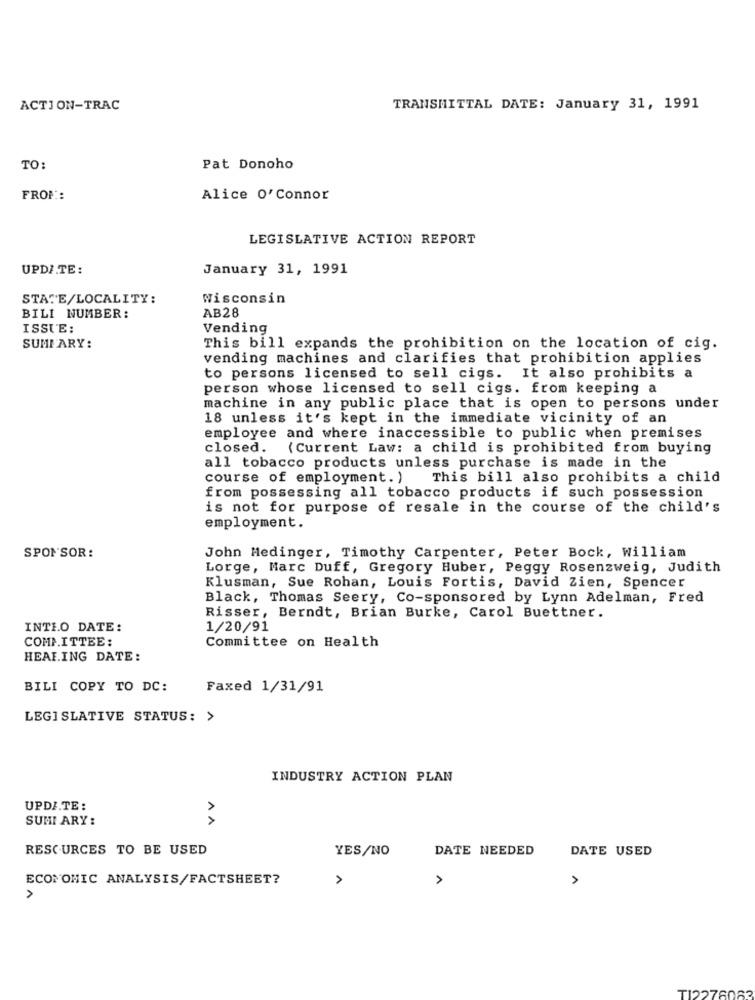
ACTION-TRAC
TRANSMITTAL DATE: January 31, 1991
TO:
Pat Donoho
FROM:
Alice O'Connor
LEGISLATIVE ACTION REPORT
UPDI.TE:
January 31, 1991
STATE/LOCALITY:
Wisconsin
AB28
BILI NUMBER:
ISSUE:
Vending
SUMMARY:
This bill expands the prohibition on the location of cig.
vending machines and clarifies that prohibition applies
to persons licensed to sell cigs. It also prohibits a
person whose licensed to sell cigs. from keeping a
machine in any public place that is open to persons under
18 unless it's kept in the immediate vicinity of an
employee and where inaccessible to public when premises
closed.
(Current Law: a child is prohibited from buying
all tobacco products unless purchase is made in the
course of employment. ) This bill also prohibits a child
from possessing all tobacco products if such possession
is not for purpose of resale in the course of the child's
employment.
SPONSOR:
John Hedinger, Timothy Carpenter, Peter Bock, William
Lorge, Marc Duff, Gregory Huber, Peggy Rosenzweig, Judith
Klusman, Sue Rohan, Louis Fortis, David Zien, Spencer
Black, Thomas Seery, Co-sponsored by Lynn Adelman, Fred
Risser, Berndt, Brian Burke, Carol Buettner.
INTEO DATE:
1/20/91
COMMITTEE:
Committee on Health
HEARING DATE:
BILI COPY TO DC:
Faxed 1/31/91
LEGISLATIVE STATUS: >
INDUSTRY ACTION PLAN
UPDATE:
SUMI ARY :
AA
RESOURCES TO BE USED
YES/NO
DATE NEEDED
DATE USED
ECONOMIC ANALYSIS/FACTSHEET?
>
>
TI2276063